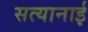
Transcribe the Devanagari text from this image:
सत्यानाई